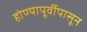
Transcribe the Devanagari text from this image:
होण्यापूर्वीपासून